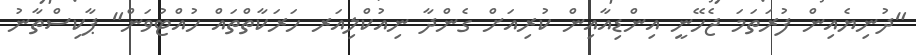
"ދުނިޔެއިން ފުރަތަމަ ޖެހޭނީ އިންޑިއާއިން ކުރިއަށް ގެންދާ ނިއުކްލިއަރ ހަރަކާތްތައް ހުއްޓުވަން" ޕާކިސްތާނު